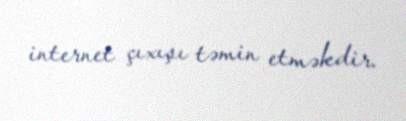
internet çıxışı təmin etməkdir.